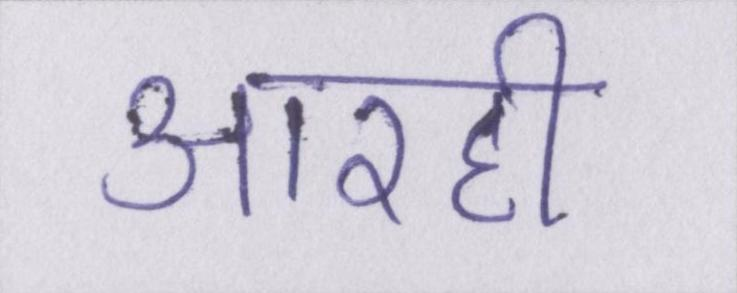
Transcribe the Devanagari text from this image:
आरही